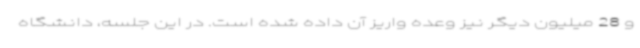
و 28 میلیون دیگر نیز وعده واریز آن داده شده است. در این جلسه، دانشگاه